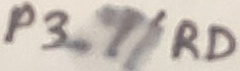
Text: P3.7/RD